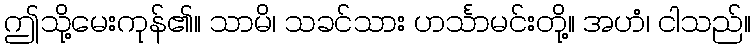
ဤသို့မေးကုန်၏။ သာမိ၊ သခင်သား ဟင်္သာမင်းတို့။ အဟံ၊ ငါသည်။